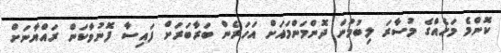
ކޮންމެ މަހެއްގެ މުސާރަ ލިބުމުން ދޮންމަންމައަށް އަހަރެން ބަރާބަރަށް ފައިސާ ފޮނުވާކަން ރައްޔާނަށް